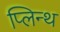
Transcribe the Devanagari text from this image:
प्लिन्थ